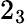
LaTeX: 2_{3}